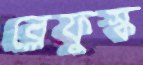
ব্লেফুস্ক